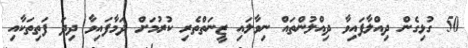
50 ގުޅިގެން ދިއްލާފައިވާ ދިއްލުންތައް ނިވާލައި ޒީނަތްތެރި ކުރުމަށް ދަމާފައިވާ ދިދަ ފަތިތަކާއި